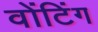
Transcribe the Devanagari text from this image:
वोंटिंग